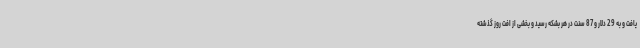
یافت و به 29 دلار و 87 سنت در هر بشکه رسید و بخشی از افت روز گذشته